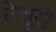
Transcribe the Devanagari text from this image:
वेंचूरी